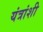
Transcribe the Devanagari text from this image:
यंत्रांशी